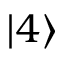
| 4 \rangle